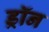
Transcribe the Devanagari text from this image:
ड्रॉन